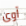
آوى